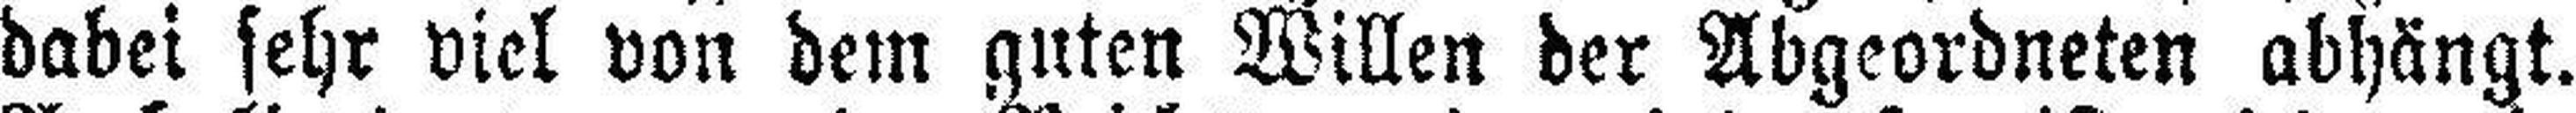
dabei sehr viel von dem guten Willen der Abgeordneten abhängt.